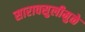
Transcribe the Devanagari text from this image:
सारावसुलीमुळे